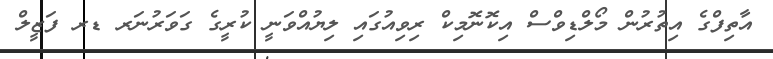
އާތިފްގެ އިތުރުން މޯލްޑިވްސް އިކޮނޮމިކް ރިވިއުގައި ލިޔުއްވަނީ ކުރީގެ ގަވަރުނަރ ޑރ ފަޒީލް